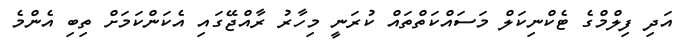
އަދި ފިލްމްގެ ޓެކްނިކަލް މަސައްކަތްތައް ކުރަނީ މިހާރު ރާއްޖޭގައި އެކަންކަމަށް ތިބި އެންމެ